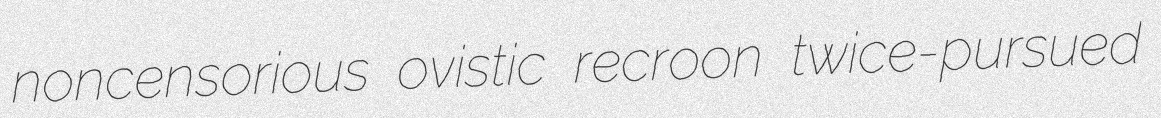
noncensorious ovistic recroon twice-pursued